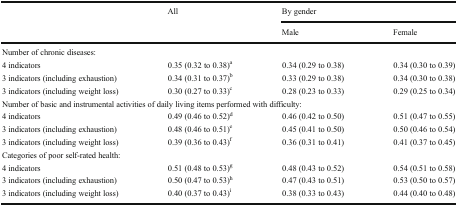
<table><thead><tr><td rowspan="2">[EMPTY_CELL]</td><td rowspan="2"><b>All</b></td><td colspan="2"><b>By gender</b></td></tr><tr><td><b>Male</b></td><td><b>Female</b></td></tr></thead><tbody><tr><td colspan="4">Number of chronic diseases:</td></tr><tr><td>4 indicators</td><td>0.35 (0.32 to 0.38)<sup>a</sup></td><td>0.34 (0.29 to 0.38)</td><td>0.34 (0.30 to 0.39)</td></tr><tr><td>3 indicators (including exhaustion)</td><td>0.34 (0.31 to 0.37)<sup>b</sup></td><td>0.33 (0.29 to 0.38)</td><td>0.34 (0.30 to 0.38)</td></tr><tr><td>3 indicators (including weight loss)</td><td>0.30 (0.27 to 0.33)<sup>c</sup></td><td>0.28 (0.23 to 0.33)</td><td>0.29 (0.25 to 0.34)</td></tr><tr><td colspan="4">Number of basic and instrumental activities of daily living items performed with difficulty:</td></tr><tr><td>4 indicators</td><td>0.49 (0.46 to 0.52)<sup>d</sup></td><td>0.46 (0.42 to 0.50)</td><td>0.51 (0.47 to 0.55)</td></tr><tr><td>3 indicators (including exhaustion)</td><td>0.48 (0.46 to 0.51)<sup>e</sup></td><td>0.45 (0.41 to 0.50)</td><td>0.50 (0.46 to 0.54)</td></tr><tr><td>3 indicators (including weight loss)</td><td>0.39 (0.36 to 0.43)<sup>f</sup></td><td>0.36 (0.31 to 0.41)</td><td>0.41 (0.37 to 0.45)</td></tr><tr><td colspan="4">Categories of poor self-rated health:</td></tr><tr><td>4 indicators</td><td>0.51 (0.48 to 0.53)<sup>g</sup></td><td>0.48 (0.43 to 0.52)</td><td>0.54 (0.51 to 0.58)</td></tr><tr><td>3 indicators (including exhaustion)</td><td>0.50 (0.47 to 0.53)<sup>h</sup></td><td>0.47 (0.43 to 0.51)</td><td>0.53 (0.50 to 0.57)</td></tr><tr><td>3 indicators (including weight loss)</td><td>0.40 (0.37 to 0.43)<sup>i</sup></td><td>0.38 (0.33 to 0.43)</td><td>0.44 (0.40 to 0.48)</td></tr></tbody></table>